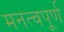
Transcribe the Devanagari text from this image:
मनत्वपूर्ण